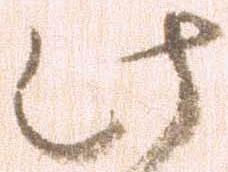
此